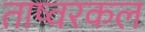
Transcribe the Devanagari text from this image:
ताष्वरकल